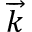
\overrightarrow { k }